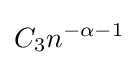
C_{3}n^{-\alpha -1}